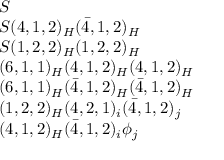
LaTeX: \begin{array} { l } { S } \\ { S ( 4 , 1 , 2 ) _ { H } ( { \bar { 4 } } , 1 , 2 ) _ { H } } \\ { S ( 1 , 2 , 2 ) _ { H } ( 1 , 2 , 2 ) _ { H } } \\ { ( 6 , 1 , 1 ) _ { H } ( 4 , 1 , 2 ) _ { H } ( 4 , 1 , 2 ) _ { H } } \\ { ( 6 , 1 , 1 ) _ { H } ( { \bar { 4 } } , 1 , 2 ) _ { H } ( { \bar { 4 } } , 1 , 2 ) _ { H } } \\ { ( 1 , 2 , 2 ) _ { H } ( 4 , 2 , 1 ) _ { i } ( { \bar { 4 } } , 1 , 2 ) _ { j } } \\ { ( 4 , 1 , 2 ) _ { H } ( { \bar { 4 } } , 1 , 2 ) _ { i } \phi _ { j } } \end{array}